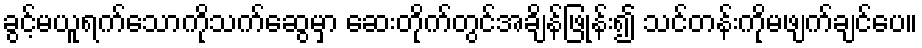
ခွင့်မယူရက်သောကိုသက်ဆွေမှာ ဆေးတိုက်တွင်အချိန်ဖြုန်း၍ သင်တန်းကိုမဖျက်ချင်ပေ။